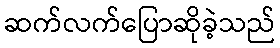
ဆက်လက်ပြောဆိုခဲ့သည်